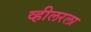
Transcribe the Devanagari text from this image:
व्हीलरला